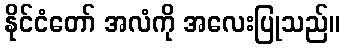
နိုင်ငံတော် အလံကို အလေးပြုသည်။